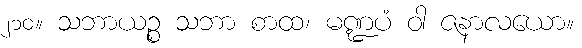
၂၁၀။ သဘာယဉ္စ သဘာ စာထ၊ မဏ္ဍပံ ဝါ ဇနာလယော။